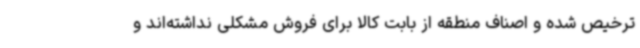
ترخیص شده و اصناف منطقه از بابت کالا برای فروش مشکلی نداشته‌اند و